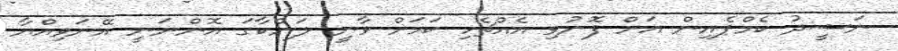
ނަޝީދު ކެމްޕެއިން އަށް ފޮނުވި އެއްޗެހި ކަމަށް ވާނީ ލަންކާގަ އޮންނަނީ އޭނަވިއްޔާ